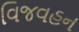
વિજવહન